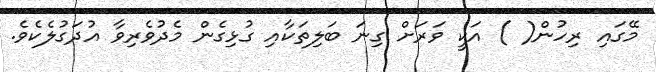
މޭގައި ރިހުން( ) އަކީ ވަރަށް ގިނަ ބަލިތަކާއި ގުޅިގެން މެދުވެރިވާ އުދަގުލެކެވެ.